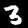
Label: 3